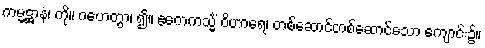
ကမ္မဋ္ဌာနံ၊ ကို။ ဂဟေတွာ၊ ၍။ ဧကေကသ္မိံ ဝိဟာရေ၊ တစ်ဆောင်တစ်ဆောင်သော ကျောင်း၌။